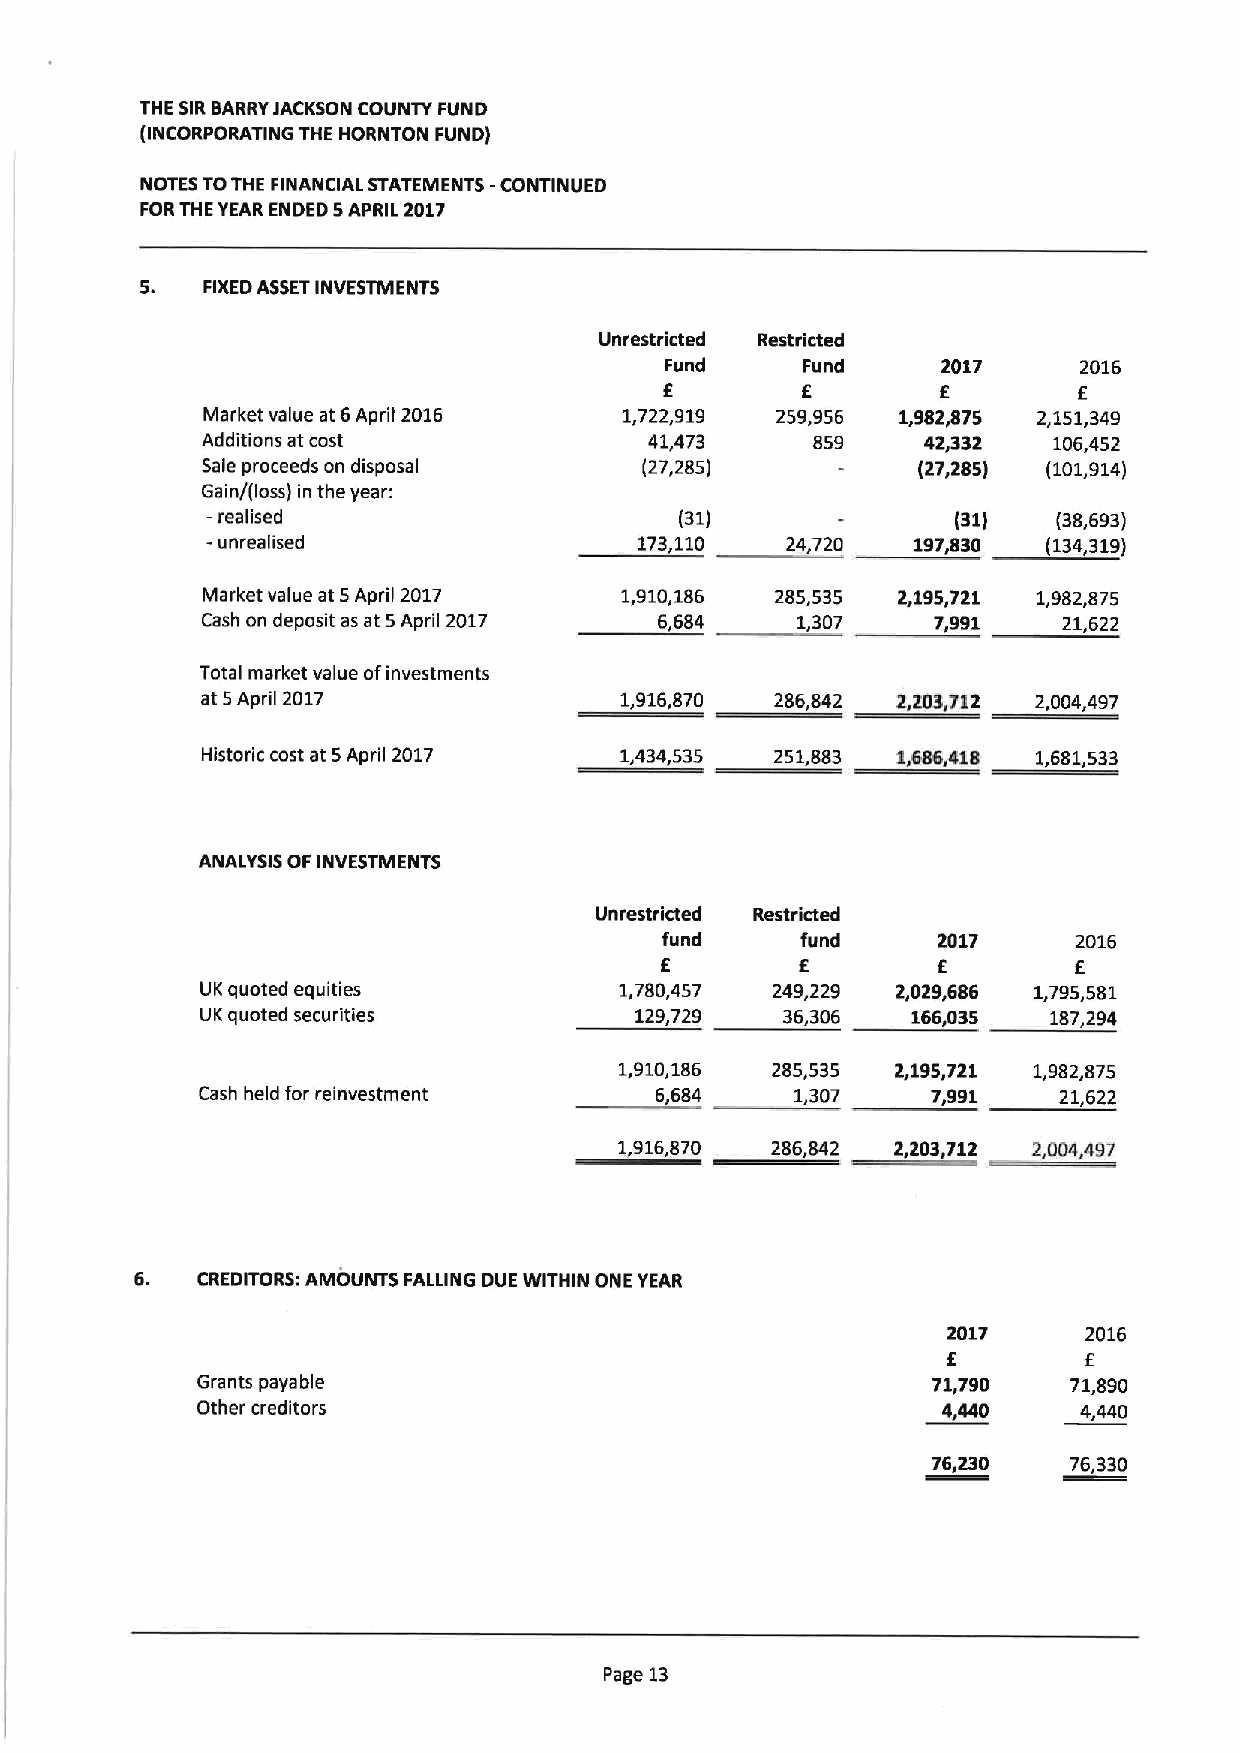
THE SIRBARRYJACKSON COUNTY FUND
 (INCORPORATING THE HORNTON FUND)
 NOTES TOTHE FINANCIAL STATEMENTS -CONTINUED
 FORTHE YEAR ENDED 5APRIL 2017
 5.  FIXEDASSETINVESTMENTS
 Unrestricted Restricted
 Fund     Fund     2017      2016
 f
 E                 E        E
 Market value at 6April 2016 1,722,919 259,956  1,982,875 2,151,349
 Additions at cost             41,473     859    42,332   106,452
 Sale proceeds on disposal     (27,285)          (27,285) (101,914)
 Gain/(loss) in the year:
 —realised                      (31)              (31)   (38,693)
 -unrealised                 173,110   24,720   197,830 (134,319)
 Market value at 5April 2017 1,910,186 285,535 2,195,721 1,982,875
 Cash on deposit as at 5April 2017 6,684 1,307    7,991   21,622
 Total market value ofinvestments
 at 5April 2017              1,916,870 286,842 Z,Z03,712 2,004,497
 Historic cost at 5April 2017 1,434,535 251,883 1,686,418 1,681,533
 ANALYSIS OF INVESTMENTS
 Unrestricted Restricted
 fund     fund     2017     2016
 f
 E                 E        E
 UK quoted equities          1,780,457 249,229 2,029,686 1,795,581
 UK quoted securities         129,729   36,306  166,035   187,294
 1,910,186 285,535 2,195,721 1,982,875
 Cash held for reinvestment    6,684     1,307    7,991   21,622
 1,916,870 286,842 2,203,712 2,004,497
 6.  CREDITORS: AMOUNTS FALLING DUE WITHIN ONE YEAR
 2017     2016
 E        E
 Grants payable                                   71,790   71,890
 Other creditors                                  4,440     4,440
 76,230   76,330
 Page 13